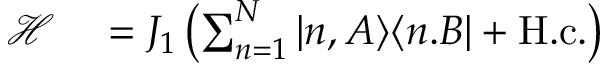
\begin{array} { r l } { \mathcal { H } } & { { } = J _ { 1 } \left( \sum _ { n = 1 } ^ { N } | n , A \rangle \langle n . B | + \mathrm { H . c . } \right) } \end{array}